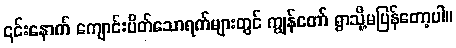
၎င်းနောက် ကျောင်းပိတ်သောရက်များတွင် ကျွန်တော် ရွာသို့မပြန်တော့ပါ။